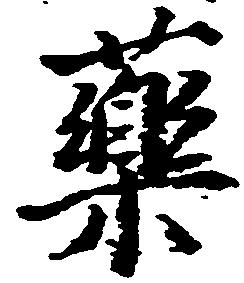
薬